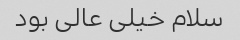
سلام خیلی عالی بود